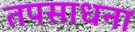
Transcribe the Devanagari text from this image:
तपसाधना